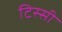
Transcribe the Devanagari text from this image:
टिस्सी